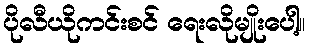
ပိုလီယိုကင်းစင် ရေးလိုမျိုးပေါ့။